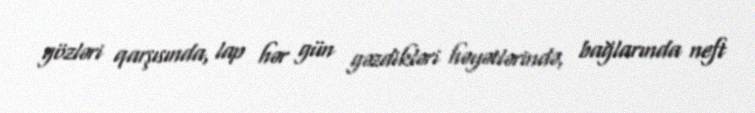
gözləri qarşısında, lap hər gün gəzdikləri həyətlərində, bağlarında neft